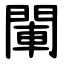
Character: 閳